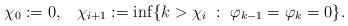
LaTeX: \begin{align*}\chi_0:=0, \;\;\; \chi_{i+1}:= \inf\{ k> \chi_i \; : \; \varphi_{k-1}=\varphi_k=0\}.\end{align*}